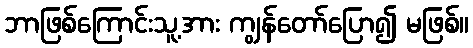
ဘာဖြစ်ကြောင်းသူ့အား ကျွန်တော်ပြော၍ မဖြစ်။